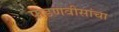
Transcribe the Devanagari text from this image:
फडणवीसांचा